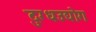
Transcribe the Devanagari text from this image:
दुग्धउद्योग